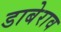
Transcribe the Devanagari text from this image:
डाबेराव